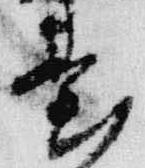
台